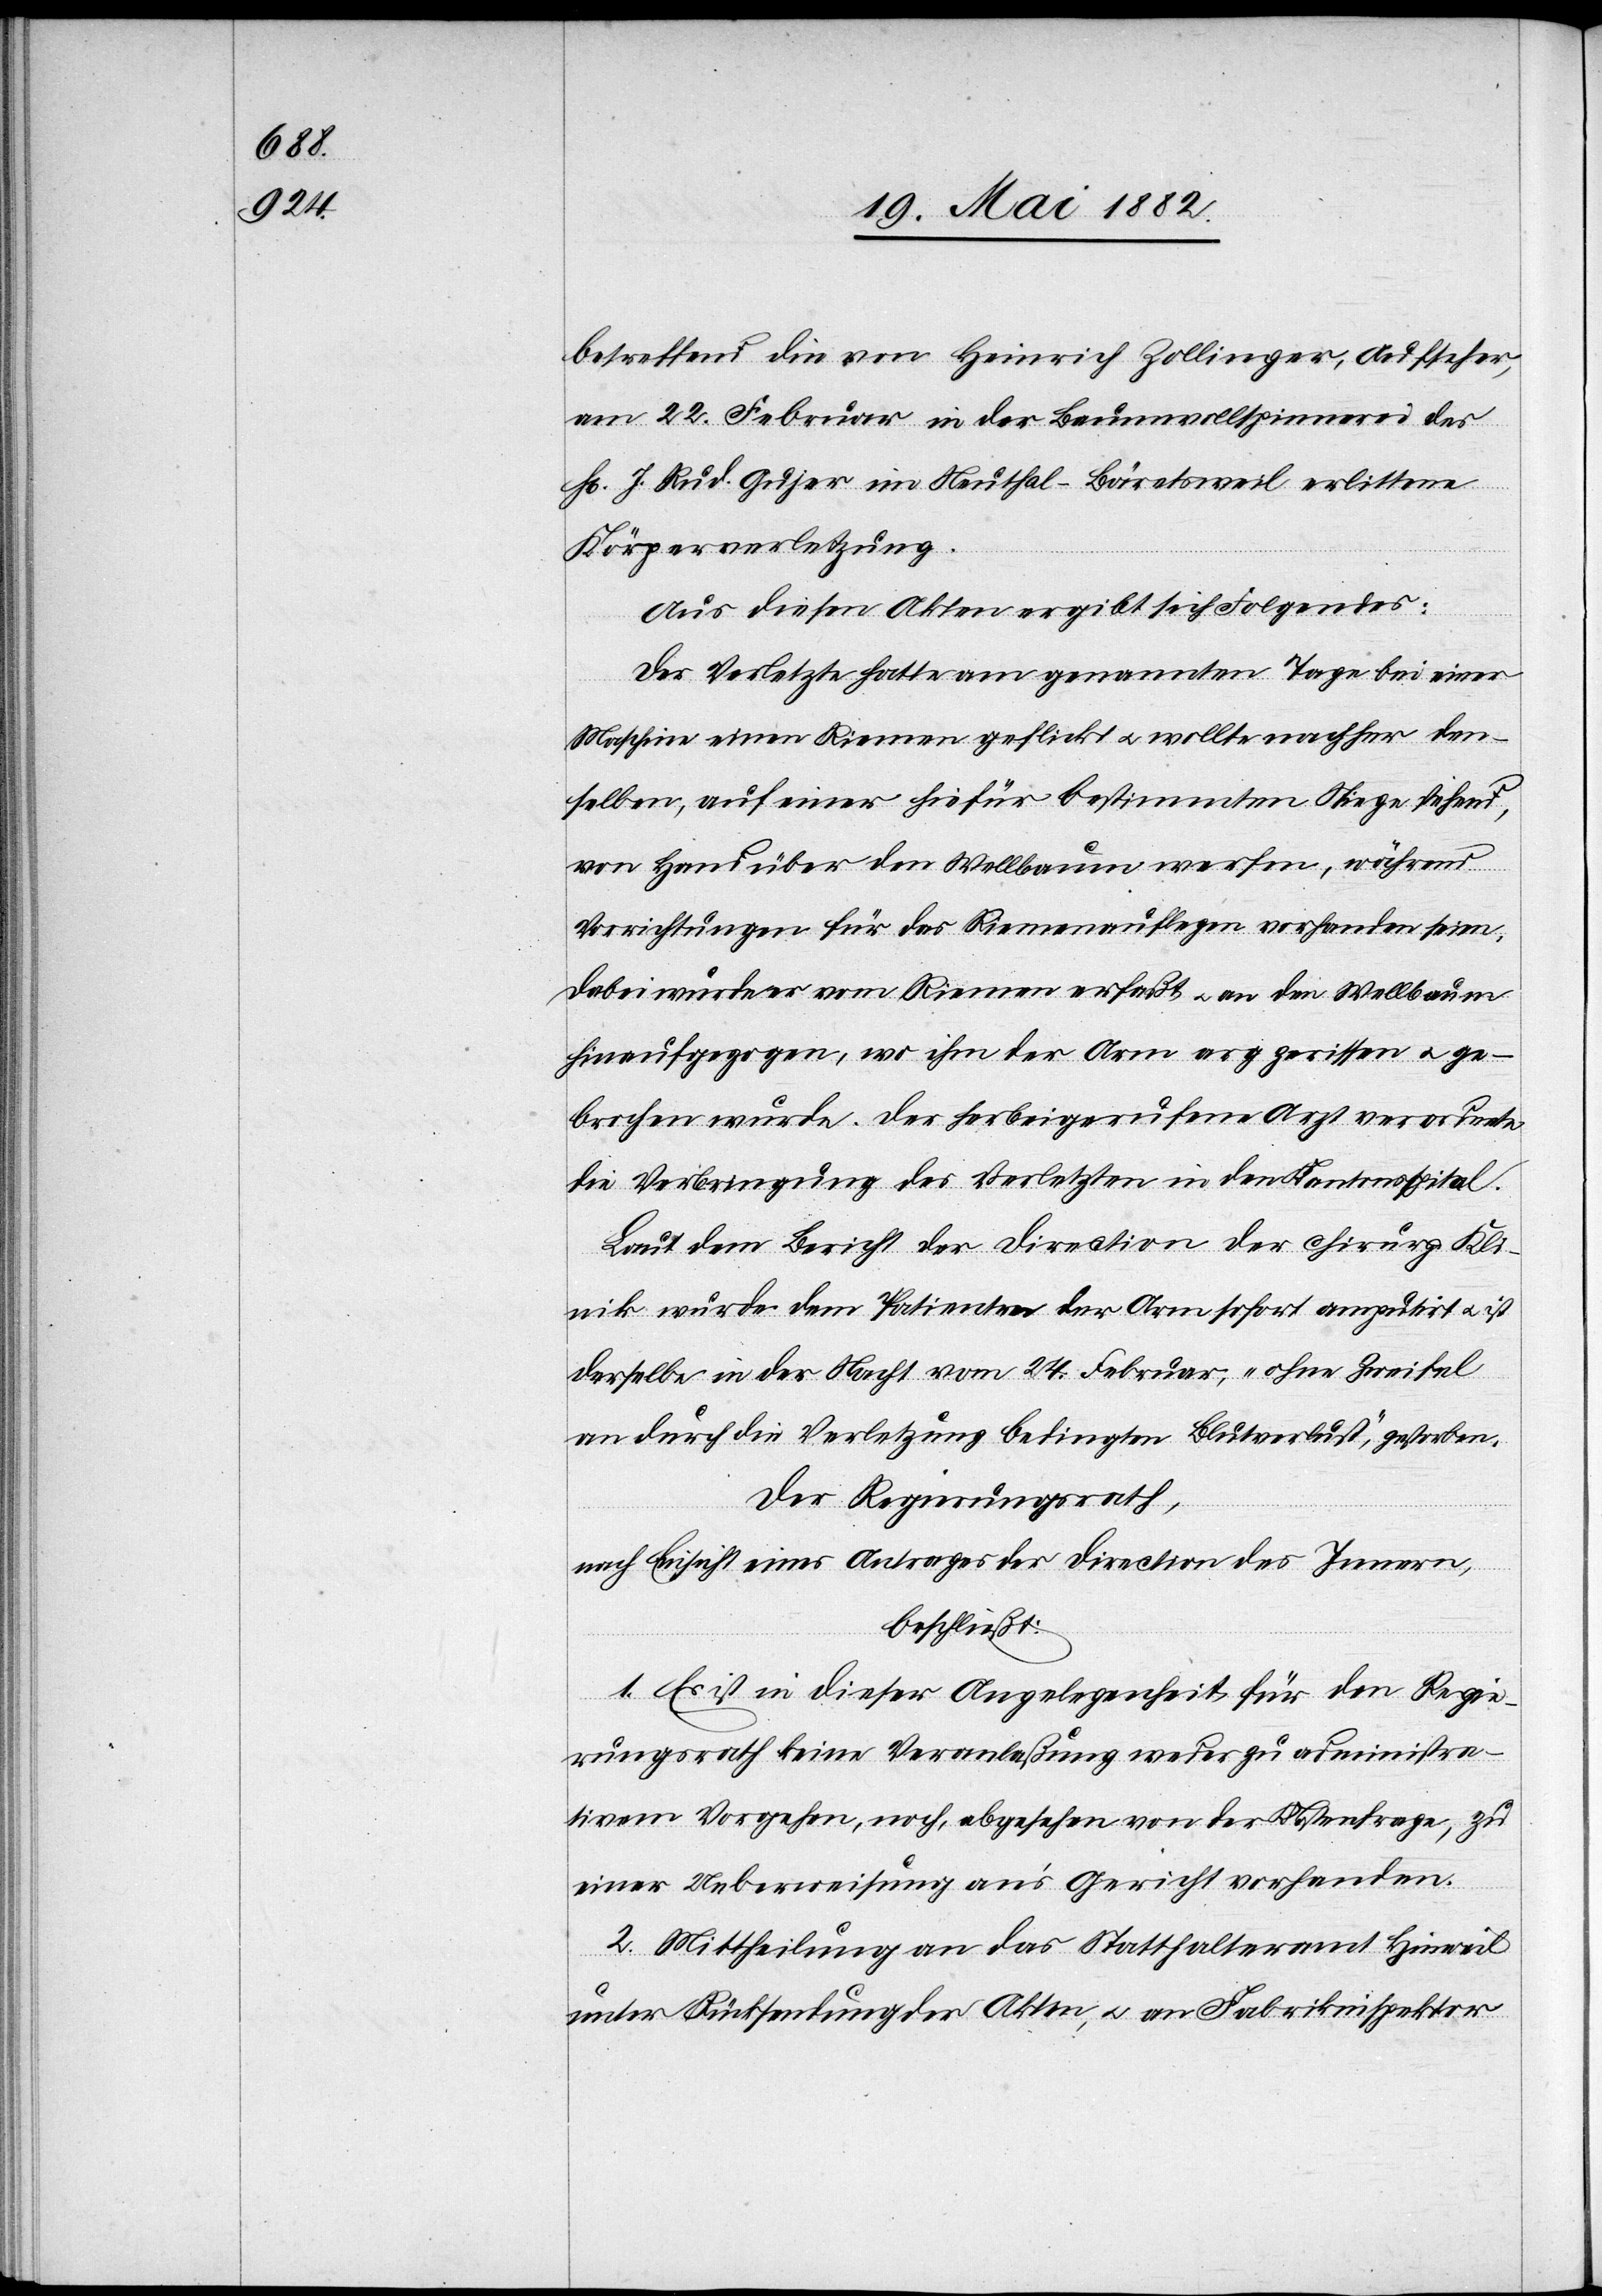
betreffend die von Heinrich Zollinger, Aufseher
am 22. Februar in der Baumwollspinnerei des
H[rn]. Rud. Gujer im Neuthal - Bäretsweil erlittene
Körperverletzung.
Aus diesen Akten ergibt sich Folgendes:
Der Verletzte hatte am genannten Tage bei einer
Maschine einen Riemen geflickt u. wollte nachher den¬
selben, auf einer hiefür bestimmten Stiege stehend,
von Hand über den Wellbaum werfen, während
Verrichtungen für das Riemenauflegen vorhanden seien.
Dabei wurde er vom Riemen erfaßt u. an den Wellbaum
hinaufgezogen, wo ihm der Arm arg zerrissen u. ge¬
brochen wurde. Der herbeigerufene Arzt verordnete
die Verbringung des Verletzten in den Kantonsspital.
Laut dem Bericht der Direction der chirurg. Kli¬
nik wurde dem Patienten der Arm sofort amputirt u. ist
derselbe in der Nacht vom 24. Februar, „ohne Zweifel
an durch die Verletzung bedingtem Blutverlust“, gestorben.
Der Regierungsrath,
nach Einsicht eines Antrages der Direction des Innern,
beschließt:
1. Es ist in dieser Angelegenheit für den Regie¬
rungsrath keine Veranlaßung weder zu administra¬
tivem Vorgehen, noch, abgesehen von der Kostenfrage, zu
einer Ueberweisung an’s Gericht vorhanden.
2. Mittheilung an das Statthalteramt Hinweil
unter Rücksendung der Akten, u. an Fabrikinspektor